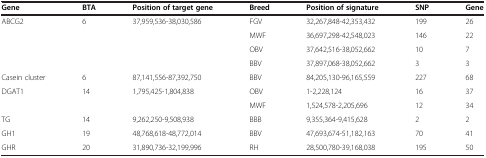
<table><thead><tr><td><b>Gene</b></td><td><b>BTA</b></td><td><b>Position of target gene</b></td><td><b>Breed</b></td><td><b>Position of signature</b></td><td><b>SNP</b></td><td><b>Gene</b></td></tr></thead><tbody><tr><td rowspan="4">ABCG2</td><td rowspan="4">6</td><td rowspan="4">37,959,536-38,030,586</td><td>FGV</td><td>32,267,848-42,353,432</td><td>199</td><td>26</td></tr><tr><td>MWF</td><td>36,697,298-42,548,023</td><td>146</td><td>22</td></tr><tr><td>OBV</td><td>37,642,516-38,052,662</td><td>10</td><td>7</td></tr><tr><td>BBV</td><td>37,897,068-38,052,662</td><td>3</td><td>3</td></tr><tr><td>Casein cluster</td><td>6</td><td>87,141,556-87,392,750</td><td>BBV</td><td>84,205,130-96,165,559</td><td>227</td><td>68</td></tr><tr><td rowspan="2">DGAT1</td><td rowspan="2">14</td><td rowspan="2">1,795,425-1,804,838</td><td>OBV</td><td>1-2,228,124</td><td>16</td><td>37</td></tr><tr><td>MWF</td><td>1,524,578-2,205,696</td><td>12</td><td>34</td></tr><tr><td>TG</td><td>14</td><td>9,262,250-9,508,938</td><td>BBB</td><td>9,355,364-9,415,628</td><td>2</td><td>2</td></tr><tr><td>GH1</td><td>19</td><td>48,768,618-48,772,014</td><td>BBV</td><td>47,693,674-51,182,163</td><td>70</td><td>41</td></tr><tr><td>GHR</td><td>20</td><td>31,890,736-32,199,996</td><td>RH</td><td>28,500,780-39,168,038</td><td>195</td><td>50</td></tr></tbody></table>